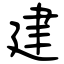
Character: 建